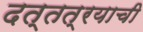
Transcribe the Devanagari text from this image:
दत्तत्रयाची